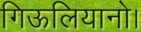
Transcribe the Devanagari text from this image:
गिऊलियानो।